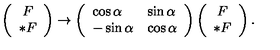
\left( \begin{array} { c } { F } \\ { * F } \\ \end{array} \right) \rightarrow \left( \begin{array} { l l } { \cos \alpha } & { \sin \alpha } \\ { - \sin \alpha } & { \cos \alpha } \\ \end{array} \right) \left( \begin{array} { c } { F } \\ { * F } \\ \end{array} \right) .